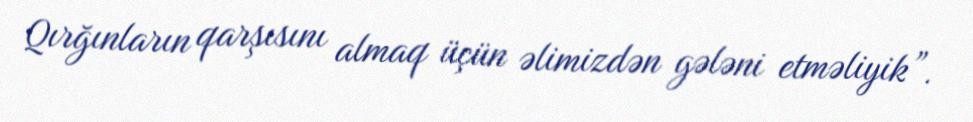
Qırğınların qarşısını almaq üçün əlimizdən gələni etməliyik”.